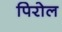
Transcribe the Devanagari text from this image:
पिरोल